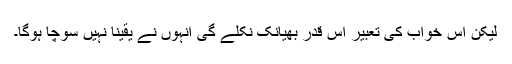
لیکن اس خواب کی تعبیر اس قدر بھیانک نکلے گی انہوں نے یقینا نہیں سوچا ہوگا۔